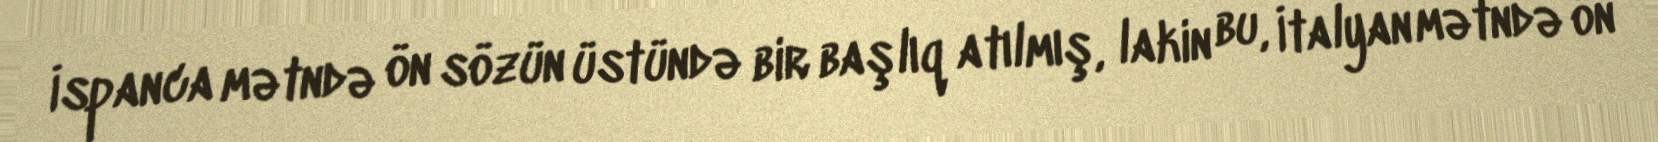
İspanca mətndə ön sözün üstündə bir başlıq atılmış, lakin bu, İtalyan mətndə ön